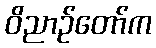
ဝိညာဉ်တော်က